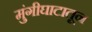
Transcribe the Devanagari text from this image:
मुंगीघाटातून